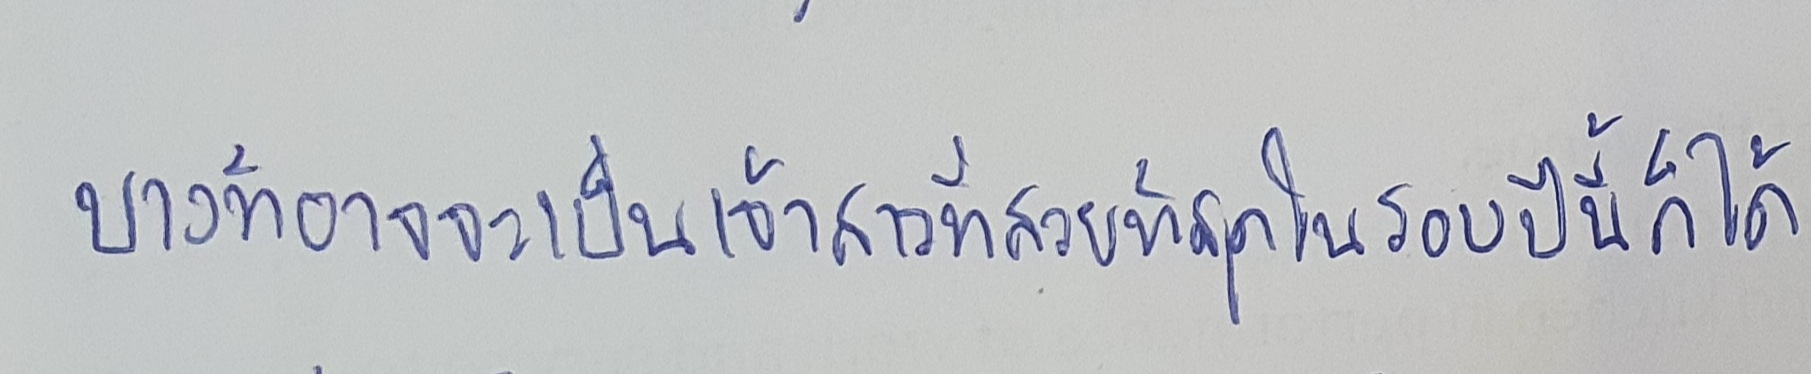
บางทีอาจจะเป็นเจ้าสาวที่สวยที่สุดในรอบปีนี้ก็ได้